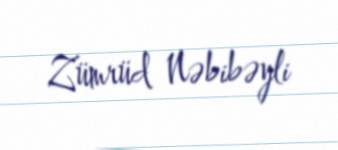
Zümrüd Nəbibəyli